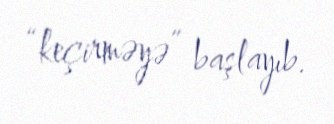
“keçirməyə” başlayıb.